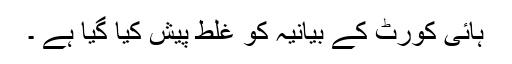
ہائی کورٹ کے بیانیہ کو غلط پیش کیا گیا ہے ۔